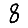
Digit: 8